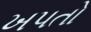
ખપતો